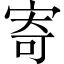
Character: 寄